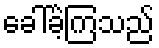
ခေါ်ခဲ့ကြသည်